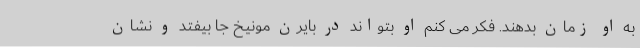
به او زمان بدهند. فکر می کنم او بتواند در بایرن مونیخ جا بیفتد و نشان